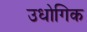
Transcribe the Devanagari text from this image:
उधोगिक